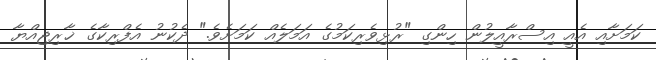
ކަމަށާއި އެއީ އިސްރާއީލުން ހިންގި "ރުޅިވެރިކަމުގެ އަމަލެއް ކަމަށެވެ." ދެކުނު އެފްރިކާގެ ޚާރިޖިއްޔާ